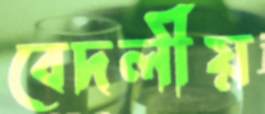
বেদলীয়